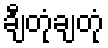
ချီတုံချတုံ